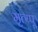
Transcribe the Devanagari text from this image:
मृत्य्पू